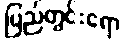
ပြည်တွင်းရော